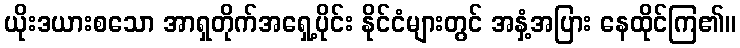
ယိုးဒယားစသော အာရှတိုက်အရှေ့ပိုင်း နိုင်ငံများတွင် အနှံ့အပြား နေထိုင်ကြ၏။